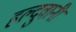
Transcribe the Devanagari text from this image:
हल्दुवानी